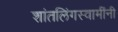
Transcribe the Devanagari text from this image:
शांतलिंगस्वामींनी